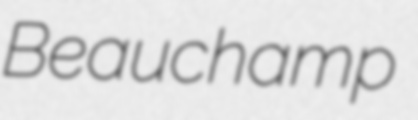
Beauchamp